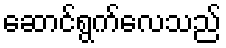
ဆောင်ရွက်လေသည်